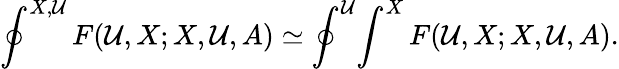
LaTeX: \oint^{X,\mathcal{U}}F(\mathcal{U},X;X,\mathcal{U},A)\simeq\oint^{\mathcal{U}}\! \int^{X}F(\mathcal{U},X;X,\mathcal{U},A).